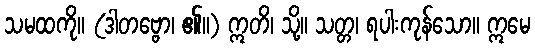
သမထကို။ (ဒါတဗ္ဗော၊ ၏။) ဣတိ၊ သို့။ သတ္တ၊ ရပါးကုန်သော။ ဣမေ